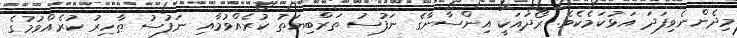
މިދެންނެވިފަދަ އަޅުކަމެކެވެ. ރޯދައަކީ އިންސާނާގެ ނަފުސު ތަރްބިޔަތު ކުރެއްވުމާއި ނަފުސު ޠާހިރު ކުރެއްވުމުގެ